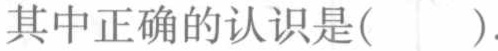
其中正确的认识是( ).